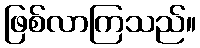
ဖြစ်လာကြသည်။